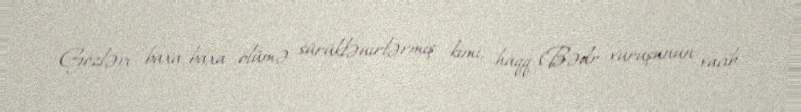
Gözləri baxa-baxa ölümə sürüklənirlərmiş kimi, haqq (Bədr vuruşunun vacib